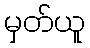
မှတ်ယူ